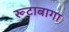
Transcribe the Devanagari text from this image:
रूटाबागा